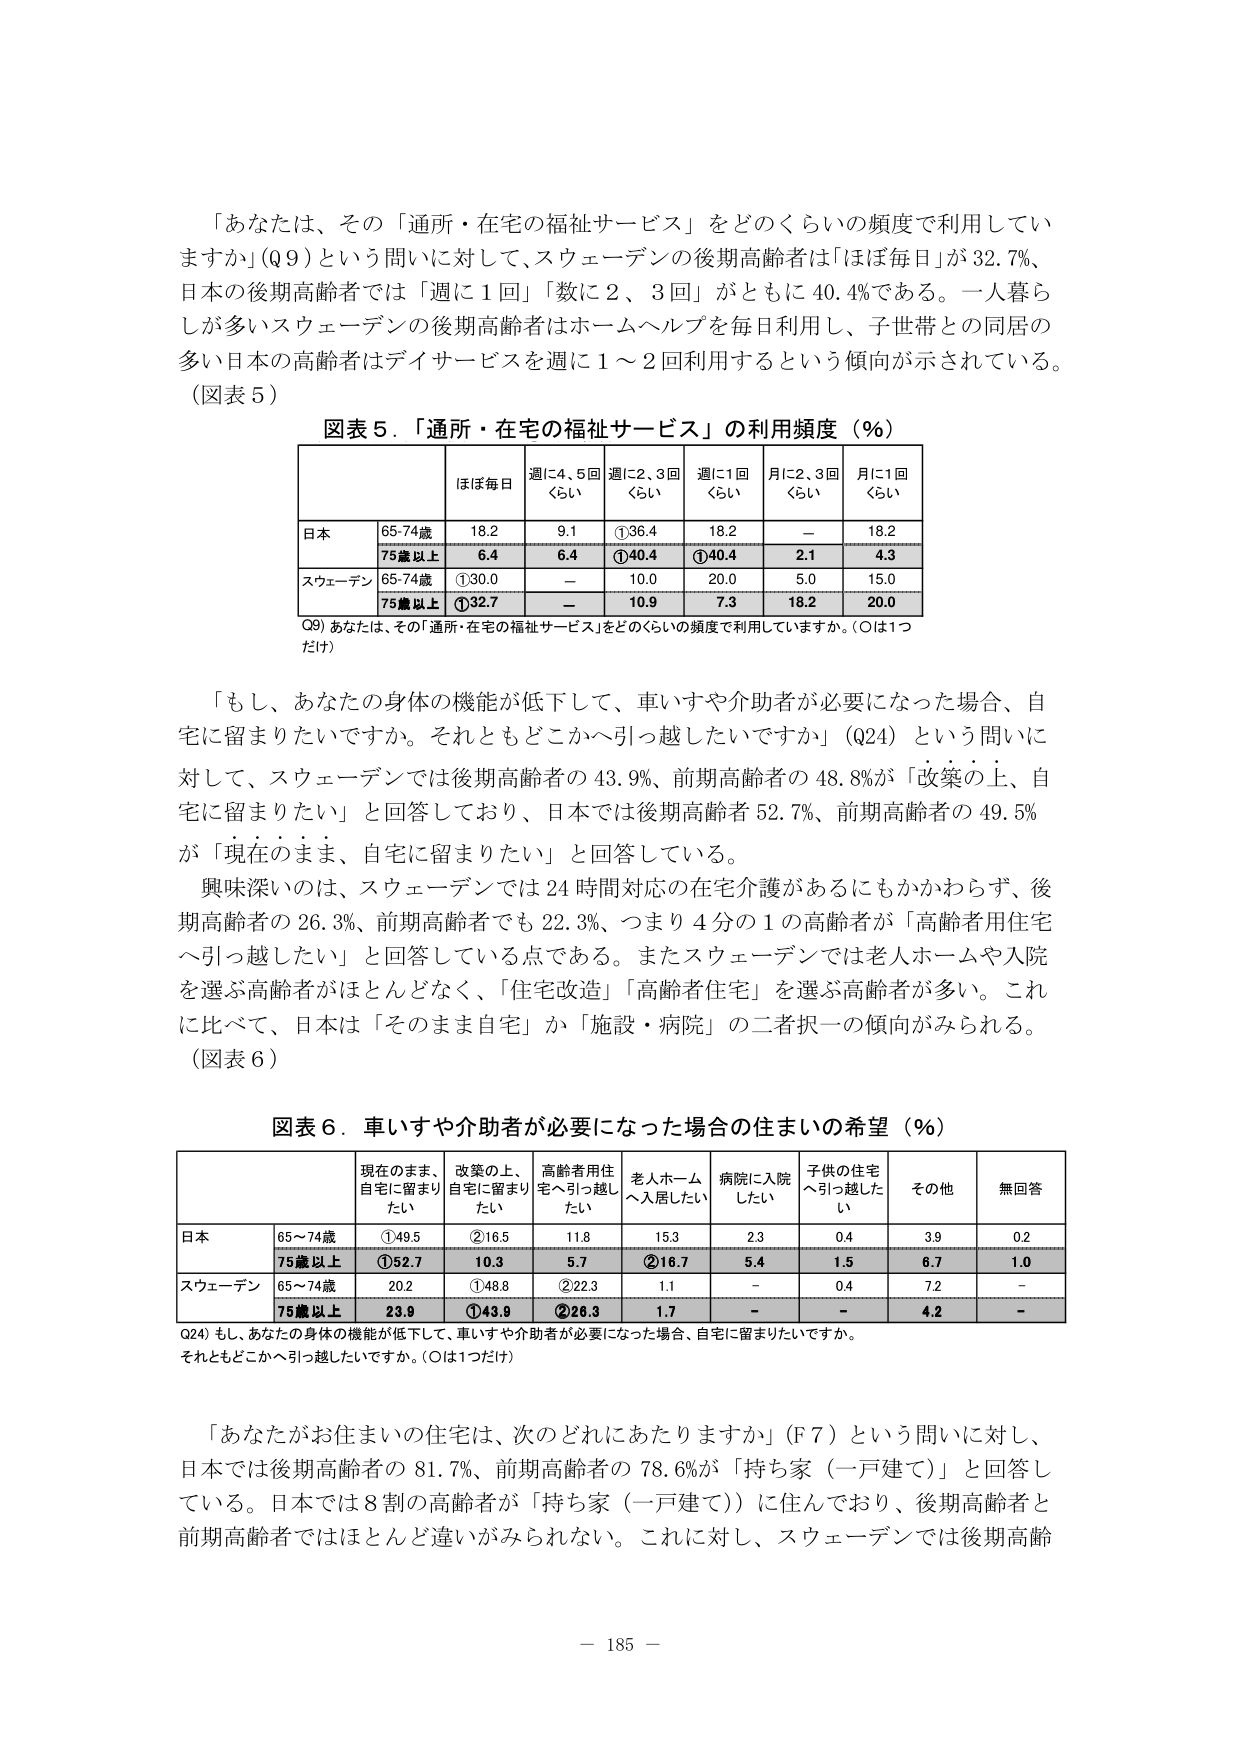
「あなたは、その「通所・在宅の福祉サービス」をどのくらいの頻度で利用していますか」（Q9）という問いに対して、スウェーデンの後期高齢者は「ほぼ毎日」が32.7%、日本の後期高齢者では「週に1回」「数に2、3回」がともに40.4%である。一人暮らしが多いスウェーデンの後期高齢者はホームヘルプを毎日利用し、子世帯との同居の多い日本の高齢者はデイサービスを週に1～2回利用するという傾向が示されている。（図表5）

図表5．「通所・在宅の福祉サービス」の利用頻度（％）

| | ほぼ毎日 | 週に4、5回くらい | 週に2、3回くらい | 週に1回くらい | 月に2、3回くらい | 月に1回くらい |
|---|---|---|---|---|---|---|
| 日本 | 65-74歳 | 18.2 | 9.1 | ①36.4 | 18.2 | － | 18.2 |
| | 75歳以上 | 6.4 | 6.4 | ①40.4 | ①40.4 | 2.1 | 4.3 |
| スウェーデン | 65-74歳 | ①30.0 | － | 10.0 | 20.0 | 5.0 | 15.0 |
| | 75歳以上 | ①32.7 | － | 10.9 | 7.3 | 18.2 | 20.0 |

Q9) あなたは、その「通所・在宅の福祉サービス」をどのくらいの頻度で利用していますか。（○は1つだけ）

「もし、あなたの身体の機能が低下して、車いすや介助者が必要になった場合、自宅に留まりたいですか。それともどこかへ引っ越したいですか」（Q24）という問いに対して、スウェーデンでは後期高齢者の43.9%、前期高齢者の48.8%が「改築の上、自宅に留まりたい」と回答しており、日本では後期高齢者52.7%、前期高齢者の49.5%が「現在のまま、自宅に留まりたい」と回答している。

興味深いのは、スウェーデンでは24時間対応の在宅介護があるにもかかわらず、後期高齢者の26.3%、前期高齢者でも22.3%、つまり4分の1の高齢者が「高齢者用住宅へ引っ越したい」と回答している点である。またスウェーデンでは老人ホームや入院を選ぶ高齢者がほとんどなく、「住宅改造」「高齢者住宅」を選ぶ高齢者が多い。これに比べて、日本は「そのまま自宅」か「施設・病院」の二者択一の傾向がみられる。（図表6）

図表6．車いすや介助者が必要になった場合の住まいの希望（％）

| | 現在のまま、自宅に留まりたい | 改築の上、自宅に留まりたい | 高齢者用住宅へ引っ越したい | 老人ホームへ入居したい | 病院に入院したい | 子供の住宅へ引っ越したい | その他 | 無回答 |
|---|---|---|---|---|---|---|---|---|
| 日本 | 65～74歳 | ①49.5 | ②16.5 | 11.8 | 15.3 | 2.3 | 0.4 | 3.9 | 0.2 |
| | 75歳以上 | ①52.7 | 10.3 | 5.7 | ②16.7 | 5.4 | 1.5 | 6.7 | 1.0 |
| スウェーデン | 65～74歳 | 20.2 | ①48.8 | ②22.3 | 1.1 | － | 0.4 | 7.2 | － |
| | 75歳以上 | 23.9 | ①43.9 | ②26.3 | 1.7 | － | － | 4.2 | － |

Q24) もし、あなたの身体の機能が低下して、車いすや介助者が必要になった場合、自宅に留まりたいですか。それともどこかへ引っ越したいですか。（○は1つだけ）

「あなたがお住まいの住宅は、次のどれにあたりますか」（F7）という問いに対して、日本では後期高齢者の81.7%、前期高齢者の78.6%が「持ち家（一戸建て）」と回答している。日本では8割の高齢者が「持ち家（一戸建て）」に住んでおり、後期高齢者と前期高齢者ではほとんど違いがみられない。これに対し、スウェーデンでは後期高齢

－ 185 －